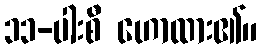
၁၁-ပါးစီ ဟောထား၏။